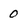
Character: 0